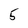
Character: 5